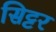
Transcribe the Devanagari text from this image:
सिट्टर